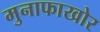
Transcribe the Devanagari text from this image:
मुनाफाखोर